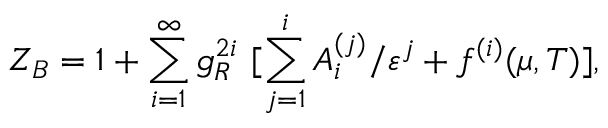
Z _ { B } = 1 + \sum _ { i = 1 } ^ { \infty } g _ { R } ^ { 2 i } \ [ \sum _ { j = 1 } ^ { i } A _ { i } ^ { ( j ) } / \varepsilon ^ { j } + f ^ { ( i ) } ( \mu , T ) ] ,